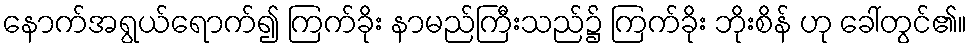
နောက်အရွယ်ရောက်၍ ကြက်ခိုး နာမည်ကြီးသည်၌ ကြက်ခိုး ဘိုးစိန် ဟု ခေါ်တွင်၏။